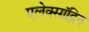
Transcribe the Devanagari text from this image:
एलेक्सांद्रिन